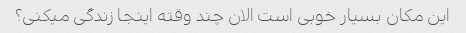
این مکان بسیار خوبی است الان چند وقته اینجا زندگی میکنی؟